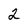
Character: 2